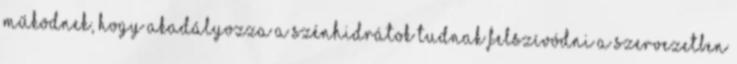
működnek, hogy akadályozza a szénhidrátok tudnak felszívódni a szervezetben